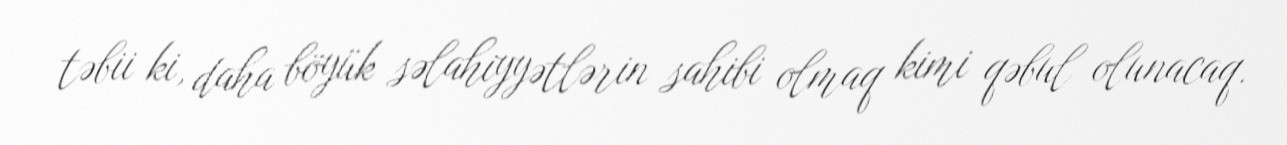
təbii ki, daha böyük səlahiyyətlərin sahibi olmaq kimi qəbul olunacaq.